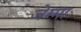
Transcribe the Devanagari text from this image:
जेम्मा